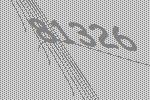
81326